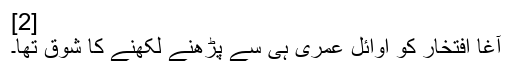
[2]
آغا افتخار کو اوائل عمری ہی سے پڑھنے لکھنے کا شوق تھا۔